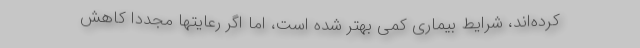
کرده‌اند، شرایط بیماری کمی بهتر شده است، اما اگر رعایتها مجددا کاهش